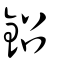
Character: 鉊